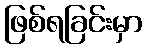
ဖြစ်ရခြင်းမှာ